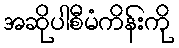
အဆိုပါစီမံကိန်းကို